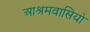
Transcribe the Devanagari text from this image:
आश्रमवासियो